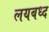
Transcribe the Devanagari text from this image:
लयबध्द